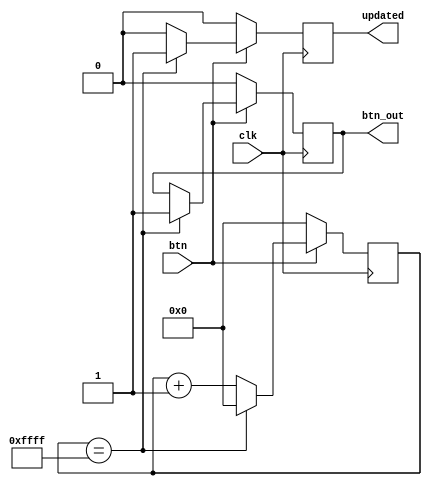
`timescale 1ns / 1ps
//////////////////////////////////////////////////////////////////////////////////
// Company: 
// Engineer: 
// 
// Design Name: 
// Module Name:    debouncer 
// Project Name: 
// Target Devices: 
// Tool versions: 
// Description: 
//
// Dependencies: 
//
// Revision: 
// Revision 0.01 - File Created
// Additional Comments: 
//
//////////////////////////////////////////////////////////////////////////////////
module debouncer(clk, btn, updated, btn_out);
	input clk, btn;
	output reg updated;
	output reg btn_out;
	
	reg [16:0] counter;
	
	always @(posedge clk) begin
		if(btn == 0) begin
			counter <= 17'b0;
			updated <= 0;
			btn_out <= 0;
		end
		else begin
			counter <= counter + 17'b1;
			if(counter == 16'b1111111111111111) begin
				counter <= 17'b0;
				updated <= 1;
				btn_out <= 1;
			end
			else begin
				updated <= 0;
			end
		end
	end


endmodule